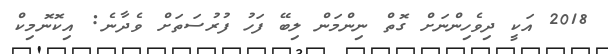
2018 އަކީ ދިވެހިންނަށް ގޮތް ނިންމަން ލިބޭ ފަހު ފުރުސަތަށް ވެދާނެ: އިކޮނޮމިކް